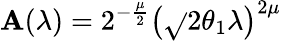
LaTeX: \mathbf{A}(\lambda)=2^{-\frac{{\mu}}{{2}}}\left(\sqrt{}{{2\theta_{1}}}\lambda\right)^{2\mu}